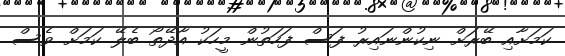
ކަމަށާއި ބޭރަށް ނިކުންނައިރު ފަސް ފަހަތުން މީހަކު އާދޭތޯ ބެލޭ ކަމަށް ވެސް